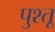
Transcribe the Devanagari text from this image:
पुश्तू